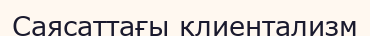
Саясаттағы клиентализм